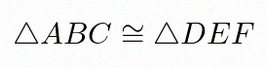
\triangle ABC\cong\triangle DEF